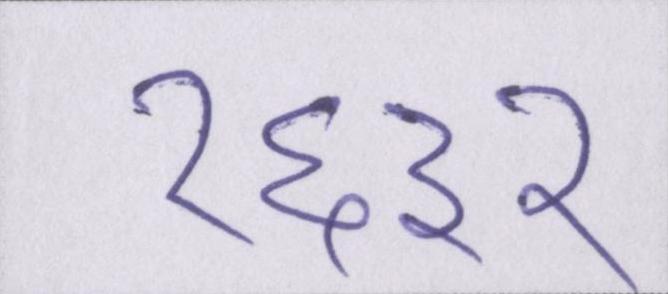
१६३२